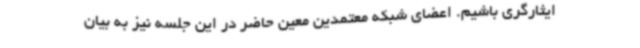
ایثارگری باشیم. اعضای شبکه معتمدین معین حاضر در این جلسه نیز به بیان